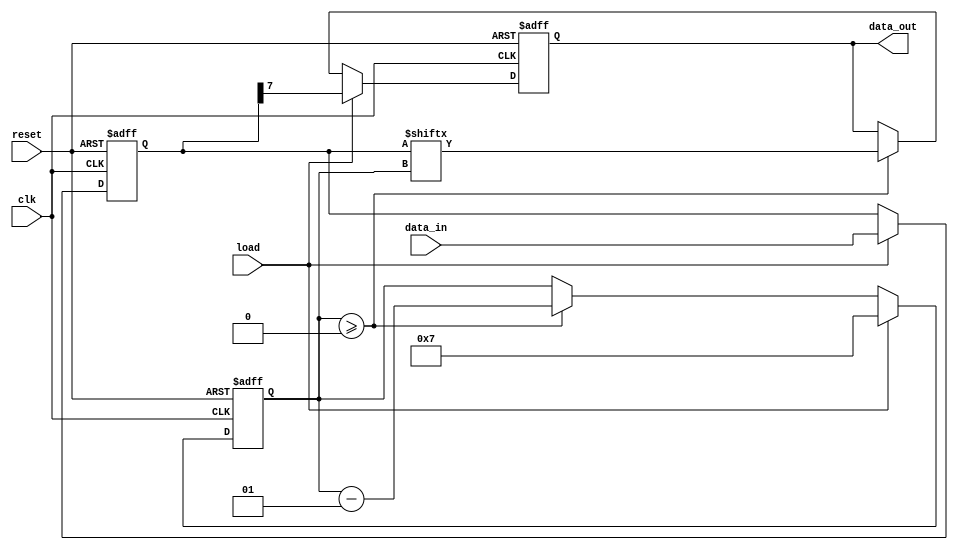
module piso_register #(
    parameter WIDTH = 8  // Define the width of the register
)(
    input wire [WIDTH-1:0] data_in, // Parallel input data bus
    input wire load,                 // Control signal to load the parallel data
    input wire clk,                  // Clock signal
    input wire reset,                // Asynchronous reset signal
    output reg data_out              // Serial output data
);

    reg [WIDTH-1:0] shift_reg;       // Internal shift register
    integer count;                   // Bit counter for shifting

    always @(posedge clk or posedge reset) begin
        if (reset) begin
            // Reset all bits to 0
            shift_reg <= {WIDTH{1'b0}};
            data_out <= 1'b0;
            count <= 0;
        end else if (load) begin
            // Load parallel data into the shift register
            shift_reg <= data_in;
            data_out <= shift_reg[WIDTH-1]; // Output the MSB upon load
            count <= WIDTH - 1; // Set counter to output the MSB next
        end else if (count >= 0) begin
            // Shift out the data serially
            data_out <= shift_reg[count]; // Output the current bit
            count <= count - 1; // Decrease the counter
        end
    end

endmodule